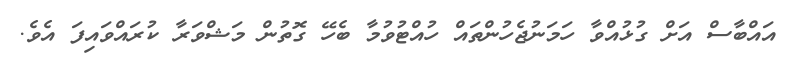
އައްބާސް އަށް ގުޅުއްވާ ހަމަނުޖެހުންތައް ހުއްޓުވުމާ ބެހޭ ގޮތުން މަޝްވަރާ ކުރައްވައިފަ އެވެ.